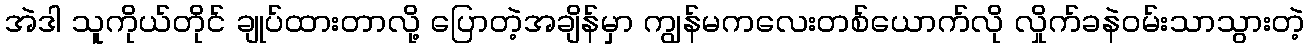
အဲဒါ သူကိုယ်တိုင် ချုပ်ထားတာလို့ ပြောတဲ့အချိန်မှာ ကျွန်မကလေးတစ်ယောက်လို လှိုက်ခနဲဝမ်းသာသွားတဲ့